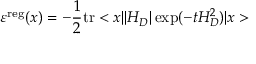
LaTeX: \varepsilon ^ { \mathrm { r e g } } ( x ) = - \frac { 1 } { 2 } \mathrm { t r } < x | | H _ { D } | \exp ( - t H _ { D } ^ { 2 } ) | x >